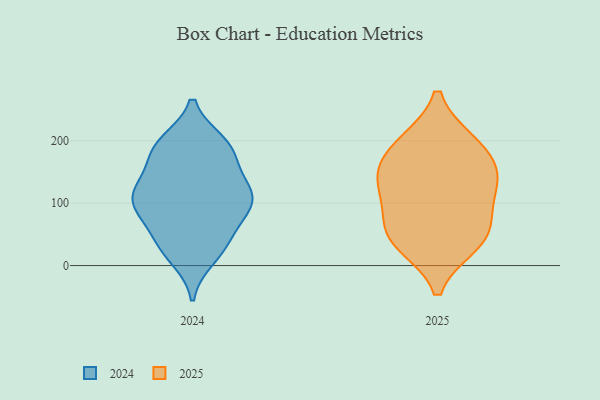
{"axis": {"x": "Conversion Rate (%)", "y": "Value"}, "legend": ["2024", "2025"], "data": [{"x": "", "y": 116, "type": "2025"}, {"x": "", "y": 45, "type": "2025"}, {"x": "", "y": 152, "type": "2025"}, {"x": "", "y": 131, "type": "2025"}, {"x": "", "y": 197, "type": "2025"}, {"x": "", "y": 47, "type": "2025"}, {"x": "", "y": 197, "type": "2025"}, {"x": "", "y": 35, "type": "2025"}, {"x": "", "y": 153, "type": "2025"}, {"x": "", "y": 80, "type": "2025"}, {"x": "", "y": 33, "type": "2024"}, {"x": "", "y": 31, "type": "2024"}, {"x": "", "y": 119, "type": "2024"}, {"x": "", "y": 117, "type": "2024"}, {"x": "", "y": 90, "type": "2024"}, {"x": "", "y": 110, "type": "2024"}, {"x": "", "y": 87, "type": "2024"}, {"x": "", "y": 186, "type": "2024"}, {"x": "", "y": 173, "type": "2024"}, {"x": "", "y": 134, "type": "2024"}, {"x": "", "y": 190, "type": "2024"}, {"x": "", "y": 41, "type": "2024"}, {"x": "", "y": 14, "type": "2024"}, {"x": "", "y": 99, "type": "2024"}, {"x": "", "y": 83, "type": "2024"}, {"x": "", "y": 190, "type": "2024"}, {"x": "", "y": 123, "type": "2024"}, {"x": "", "y": 196, "type": "2024"}]}